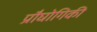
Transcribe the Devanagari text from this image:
प्रौघोगिकी